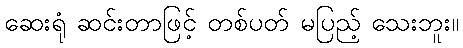
ဆေးရုံ ဆင်းတာဖြင့် တစ်ပတ် မပြည့် သေးဘူး။